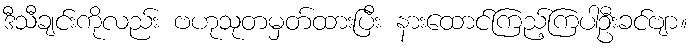
ဒီသီချင်းကိုလည်း ဗဟုသုတမှတ်ထားပြီး နားထောင်ကြည့်ကြပါဦးခင်ဗျာ။